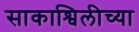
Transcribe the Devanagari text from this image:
साकाश्विलीच्या